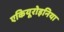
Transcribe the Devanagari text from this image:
एकियूरोइनिया